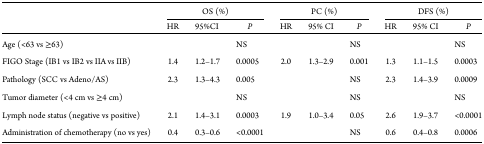
<table><thead><tr><td></td><td colspan="3"><b>OS (%)</b></td><td colspan="3"><b>PC (%)</b></td><td colspan="3"><b>DFS (%)</b></td></tr><tr><td></td><td><b>HR</b></td><td><b>95%CI</b></td><td><b><i>P</i></b></td><td><b>HR</b></td><td><b>95% CI</b></td><td><b><i>P</i></b></td><td><b>HR</b></td><td><b>95% CI</b></td><td><b><i>P</i></b></td></tr></thead><tbody><tr><td>Age (&lt;63 vs ≥63)</td><td></td><td></td><td>NS</td><td></td><td></td><td>NS</td><td></td><td></td><td>NS</td></tr><tr><td>FIGO Stage (IB1 vs IB2 vs IIA vs IIB)</td><td>1.4</td><td>1.2–1.7</td><td>0.0005</td><td>2.0</td><td>1.3–2.9</td><td>0.001</td><td>1.3</td><td>1.1–1.5</td><td>0.0003</td></tr><tr><td>Pathology (SCC vs Adeno/AS)</td><td>2.3</td><td>1.3–4.3</td><td>0.005</td><td></td><td></td><td>NS</td><td>2.3</td><td>1.4–3.9</td><td>0.0009</td></tr><tr><td>Tumor diameter (&lt;4 cm vs ≥4 cm)</td><td></td><td></td><td>NS</td><td></td><td></td><td>NS</td><td></td><td></td><td>NS</td></tr><tr><td>Lymph node status (negative vs positive)</td><td>2.1</td><td>1.4–3.1</td><td>0.0003</td><td>1.9</td><td>1.0–3.4</td><td>0.05</td><td>2.6</td><td>1.9–3.7</td><td>&lt;0.0001</td></tr><tr><td>Administration of chemotherapy (no vs yes)</td><td>0.4</td><td>0.3–0.6</td><td>&lt;0.0001</td><td></td><td></td><td>NS</td><td>0.6</td><td>0.4–0.8</td><td>0.0006</td></tr></tbody></table>